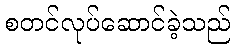
စတင်လုပ်ဆောင်ခဲ့သည်